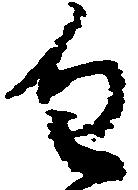
進